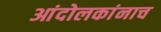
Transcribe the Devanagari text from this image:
आंदोलकांनाच